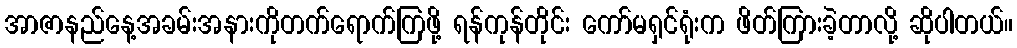
အာဇာနည်နေ့အခမ်းအနားကိုတက်ရောက်ကြဖို့ ရန်ကုန်တိုင်း ကော်မရှင်ရုံးက ဖိတ်ကြားခဲ့တာလို့ ဆိုပါတယ်။